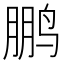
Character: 鹏